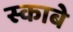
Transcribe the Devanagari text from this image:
स्काबे